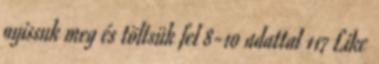
nyissuk meg és töltsük fel 8-10 adattal 117 Like